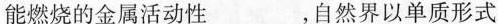
能燃烧的金属活动性___，自然界以单质形式